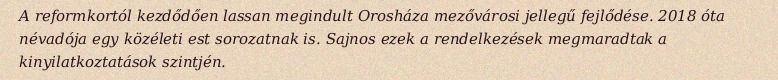
A reformkortól kezdődően lassan megindult Orosháza mezővárosi jellegű fejlődése. 2018 óta névadója egy közéleti est sorozatnak is. Sajnos ezek a rendelkezések megmaradtak a kinyilatkoztatások szintjén.